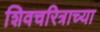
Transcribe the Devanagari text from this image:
शिवचरित्राच्या